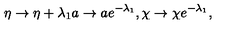
\eta \rightarrow \eta + \lambda _ { 1 } a \rightarrow a e ^ { - \lambda _ { 1 } } , \chi \rightarrow \chi e ^ { - \lambda _ { 1 } } ,